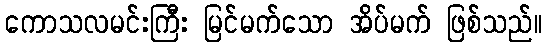
ကောသလမင်းကြီး မြင်မက်သော အိပ်မက် ဖြစ်သည်။